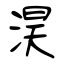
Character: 淏